Vaccination report Assam 1874-1896 - 1874-1896
Year: 1874
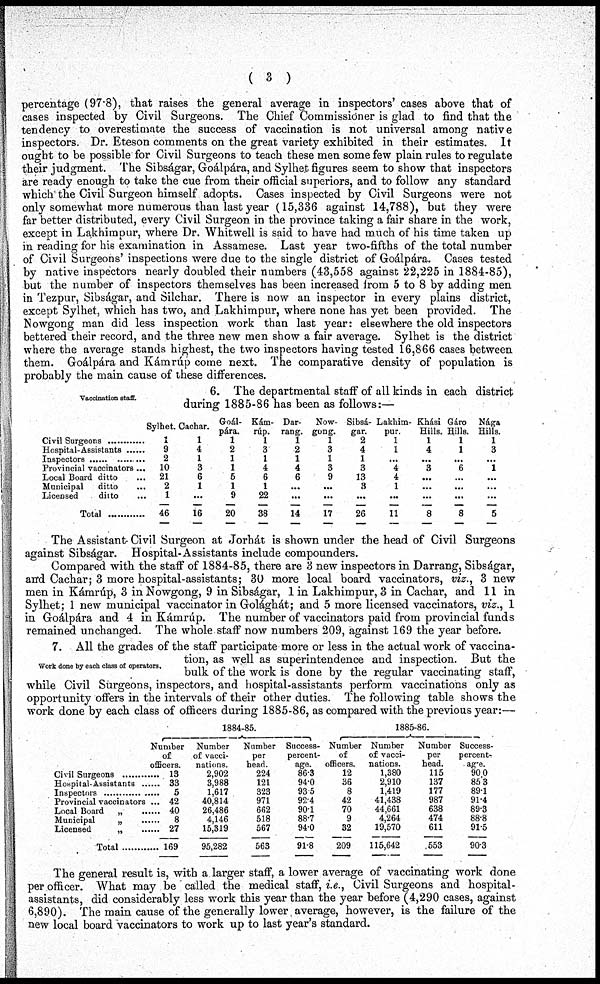
( 3 )
percentage (97.8), that raises the general average in inspectors' cases above that of
cases inspected by Civil Surgeons. The Chief Commissioner is glad to find that the
tendency to overestimate the success of vaccination is not universal among native
inspectors. Dr. Eteson comments on the great variety exhibited in their estimates. It
ought to be possible for Civil Surgeons to teach these men some few plain rules to regulate
their judgment. The Sibságar, Goálpára, and Sylhet figures seem to show that inspectors
are ready enough to take the cue from their official superiors, and to follow any standard
which the Civil Surgeon himself adopts. Cases inspected by Civil Surgeons were not
only somewhat more numerous than last year (15,336 against 14,788), but they were
far better distributed, every Civil Surgeon in the province taking a fair share in the work,
except in Lakhimpur, where Dr. Whitwell is said to have had much of his time taken up
in reading for his examination in Assamese. Last year two-fifths of the total number
of Civil Surgeons' inspections were due to the single district of Goálpára. Cases tested
by native inspectors nearly doubled their numbers (43,558 against 22,225 in 1884-85),
but the number of inspectors themselves has been increased from 5 to 8 by adding men
in Tezpur, Sibságar, and Silchar. There is now an inspector in every plains district,
except Sylhet, which has two, and Lakhimpur, where none has yet been provided. The
Nowgong man did less inspection work than last year: elsewhere the old inspectors
bettered their record, and the three new men show a fair average. Sylhet is the district
where the average stands highest, the two inspectors having tested 16,866 cases between
them. Goálpára and Kámrúp come next. The comparative density of population is
probably the main cause of these differences.
Vaccination staff.
6. The departmental staff of all kinds in each district
during 1885-86 has been as follows:—
Civil Surgeons...........................
Hospital-Assistant...........................
Inspector...........................
Provincial vaccinators...
Local Board ditto...
Municipal ditto...
Licensed ditto...
Total.........
Sylhet.
1
9
2
10
21
2
1
46
Cachar.
1
4
1
3
6
1
...
16
Goál-
pára.
1
2
1
1
5
1
9
20
Kám¬
rúp.
1
3
1
4
6
1
22
38
Dar¬
rang.
1
2
1
4
6
...
...
14
Now-
gong.
1
3
1
3
9
...
...
17
Sibsá-
gar.
2
4
1
3
13
3
...
26
Lakhim-
pur.
1
1
...
4
4
1
...
11
Khási
Hills.
1
4
...
3
...
...
...
8
Gáro
Hills.
1
1
...
6
...
...
...
8
Nága
Hills.
1
3
...
1
...
...
...
5
The Assistant Civil Surgeon at Jorhát is shown under the head of Civil Surgeons
against Sibságar. Hospital-Assistants include compounders.
Compared with the staff of 1884-85, there are 3 new inspectors in Darrang, Sibságar,
and Cachar; 3 more hospital-assistants; 30 more local board vaccinators, viz., 3 new
men in Kámrúp, 3 in Nowgong, 9 in Sibságar, 1 in Lakhimpur, 3 in Cachar, and 11 in
Sylhet; 1 new municipal vaccinator in Golághát; and 5 more licensed vaccinators, viz., 1
in Goálpára and 4 in Kámrúp. The number of vaccinators paid from provincial funds
remained unchanged. The whole staff now numbers 209, "against 169 the year before.
Work done by each class of operators.
7. All the grades of the staff participate more or less in the actual work of vaccina-
tion, as well as superintendence and inspection. But the
bulk of the work is done by the regular vaccinating staff,
while Civil Surgeons, inspectors, and hospital-assistants perform vaccinations only as
opportunity offers in the intervals of their other duties. The following table shows the
work done by each class of officers during 1885-86, as compared with the previous year:—
Civil Surgeons...........................
Hospital-Assistants .......
Inspectjors .............
Provincial vaccinators ....
Local Board „
...........
Municipal
„ .........
Licensed
„ ......
Total .............
1884-85.
Number
of
officers.
13
33
5
42
40
8
27
169
Number
of vacci-
nations.
2,902
3,988
1,617
40,814
26,486
4,146
15,319
95,282
Number
per
head.
224
121
323
971
662
518
567
563
Success¬
percent¬
age.
86.3
94.0
93.5
92.4
90.1
88.7
94.0
91.8
1885-86.
Number
of
officers.
12
36
8
42
70
9
32
209
Number
of vacci-
nations.
1,380
2,910
1,419
41,438
44,661
4,264
19,570
115,642
Number
per
head.
115
137
177
987
638
474
611
553
Success¬
percent¬
age.
90.0
85.3
89.1
91.4
89.3
88.8
91.5
90.3
The general result is, with a larger staff, a lower average of vaccinating work done
per officer. What may be called the medical staff, i.e., Civil Surgeons and hospital-
assistants, did considerably less work this year than the year before (4,290 cases, against
6,890). The main cause of the generally lower average, however, is the failure of the
new local board vaccinators to work up to last year's standard.